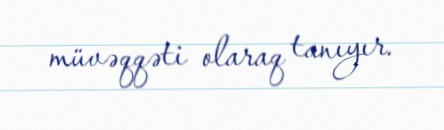
müvəqqəti olaraq tanıyır.